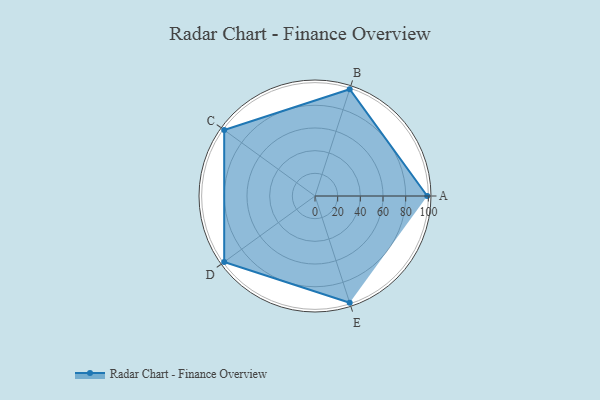
{"axis": {"x": "Skill", "y": "Score"}, "legend": ["Profile"], "data": [{"x": "A", "y": 99, "type": "Profile"}, {"x": "B", "y": 99, "type": "Profile"}, {"x": "C", "y": 99, "type": "Profile"}, {"x": "D", "y": 99, "type": "Profile"}, {"x": "E", "y": 99, "type": "Profile"}]}